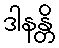
ဒါနန္တိ